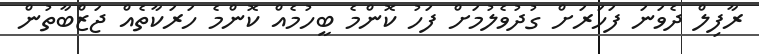
ރާފިލް ދެވަނަ ފަހަރަށް ގުދުވެލުމަށް ފަހު ކޮންމެ ބީހުމެއް ކޮންމެ ހަރަކާތެއް ޖަޒްބާތުން